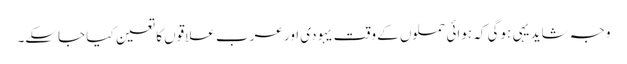
وجہ شاید یہی ہوگی کہ ہوائی حملوں کے وقت یہودی اور عرب علاقوں کا تعین کیا جاسکے۔